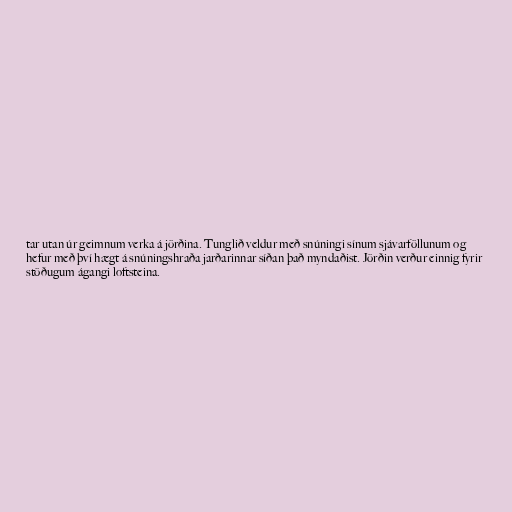
tar utan úr geimnum verka á jörðina. Tunglið veldur með snúningi sínum sjávarföllunum og
hefur með því hægt á snúningshraða jarðarinnar síðan það myndaðist. Jörðin verður einnig fyrir
stöðugum ágangi loftsteina.